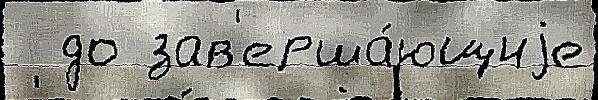
  до зав'ерша́ющиjе